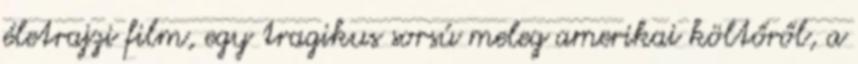
életrajzi film, egy tragikus sorsú meleg amerikai költőről, a